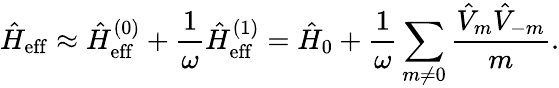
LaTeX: \hat{H}_{\mathrm{eff}}\approx\hat{H}_{\mathrm{eff}}^{(0)}+\frac{1}{\omega}\hat{H}_{\mathrm{eff}}^{(1)}=\hat{H}_{0}+\frac{1}{\omega}\sum_{m\neq 0}\frac{\hat{V}_{m}\hat{V}_{-m}}{m}.